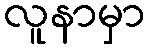
လူနာမှာ